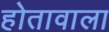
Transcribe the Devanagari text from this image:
होतावाला